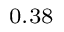
_ { 0 . 3 8 }